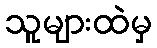
သူများထဲမှ